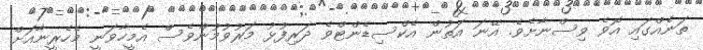
ތަނެއްގައި އޮވެ ވިސްނާށެވެ. އޭނަ އަތުން އެކްސިޑެންޓްވެ ދަރިފުޅު މަރުވުމުންވެސް އެމީހާވަނީ މެހެރީނާއަށް